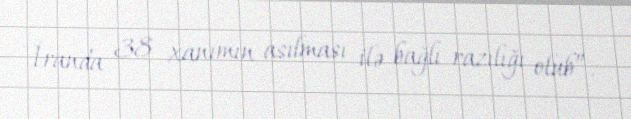
İranda 38 xanımın asılması ilə bağlı razılığı olub”.